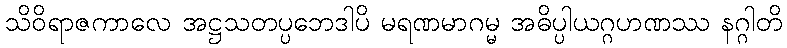
သိဝိရာဇကာလေ အဋ္ဌသတပ္ပဘေဒါပိ မရဏမာဂမ္မ အဓိပ္ပါယဂ္ဂဟဏဿ နဂ္ဂါတိ